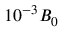
1 0 ^ { - 3 } B _ { 0 }